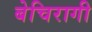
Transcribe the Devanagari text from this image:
बेचिरागी